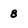
Character: 8